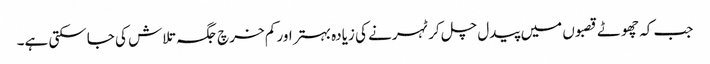
جب کہ چھوٹے قصبوں میں پیدل چل کر ٹہرنے کی زیادہ بہتر اور کم خرچ جگہ تلاش کی جاسکتی ہے۔